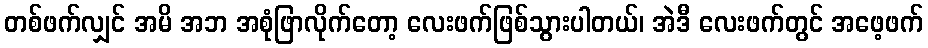
တစ်ဖက်လျှင် အမိ အဘ အစုံဖြာလိုက်တော့ လေးဖက်ဖြစ်သွားပါတယ်၊ အဲဒီ လေးဖက်တွင် အဖေ့ဖက်